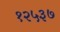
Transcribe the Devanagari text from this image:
१२५३७